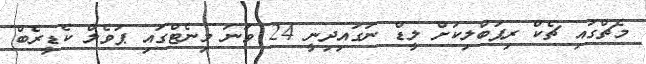
މެޗްގައި ޗެކް ރިޕަބްލިކަށް ލީޑް ނަގައިދިނީ 24 ވަނަ މިނެޓްގައި ޕަވެލް ކެޑީރެބް